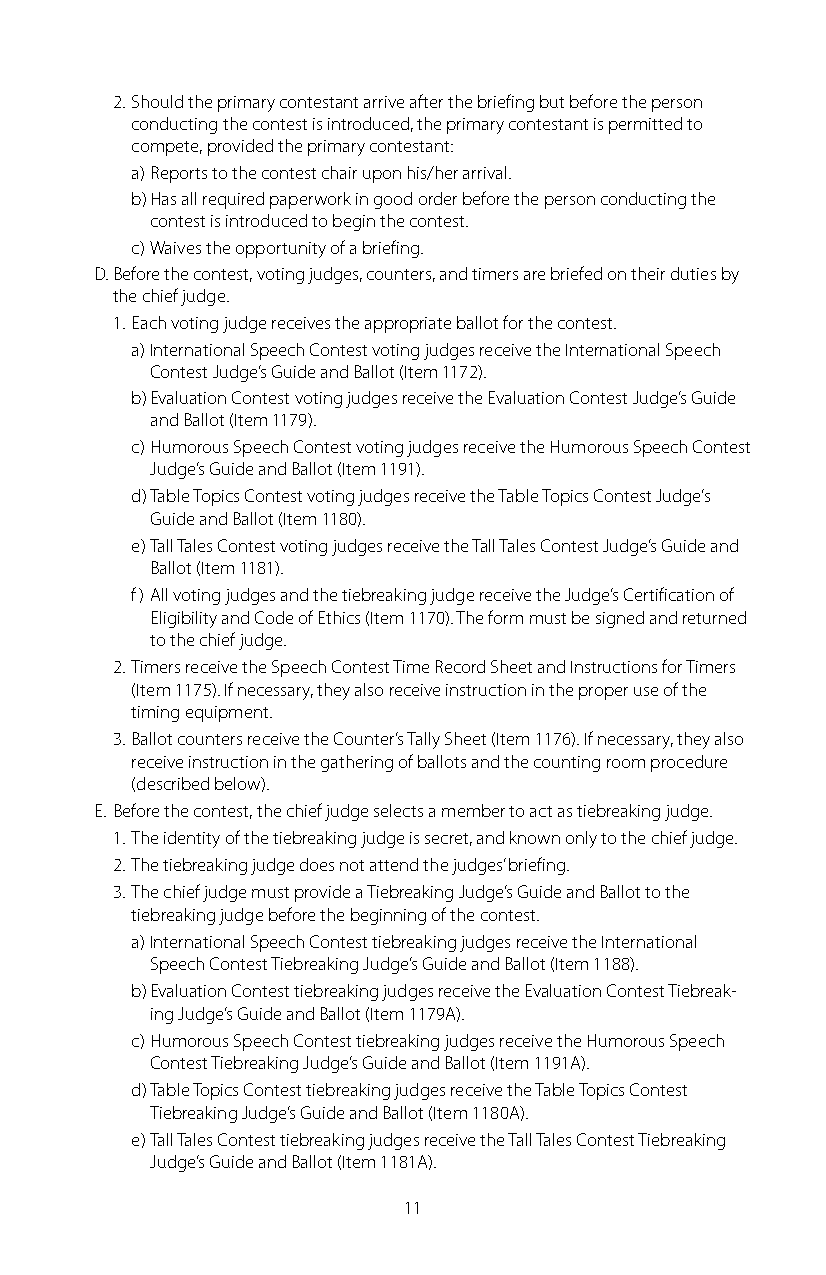
2. Should the primary contestant arrive after the briefing but before the person
 conducting the contest is introduced, the primary contestant is permitted to
 compete, provided the primary contestant:
 a) Reports to the contest chair upon his/her arrival.
 b) Has all required paperwork in good order before the person conducting the
 contest is introduced to begin the contest.
 c) Waives the opportunity of a briefing.
 D. Before the contest, voting judges, counters, and timers are briefed on their duties by
 the chief judge.
 1. Each voting judge receives the appropriate ballot for the contest.
 a) International Speech Contest voting judges receive the International Speech
 Contest Judge’s Guide and Ballot (Item 1172).
 b) Evaluation Contest voting judges receive the Evaluation Contest Judge’s Guide
 and Ballot (Item 1179).
 c) Humorous Speech Contest voting judges receive the Humorous Speech Contest
 Judge’s Guide and Ballot (Item 1191).
 d) Table Topics Contest voting judges receive the Table Topics Contest Judge’s
 Guide and Ballot (Item 1180).
 e) Tall Tales Contest voting judges receive the Tall Tales Contest Judge’s Guide and
 Ballot (Item 1181).
 f) All voting judges and the tiebreaking judge receive the Judge’s Certification of
 Eligibility and Code of Ethics (Item 1170). The form must be signed and returned
 to the chief judge.
 2. Timers receive the Speech Contest Time Record Sheet and Instructions for Timers
 (Item 1175). If necessary, they also receive instruction in the proper use of the
 timing equipment.
 3. Ballot counters receive the Counter’s Tally Sheet (Item 1176). If necessary, they also
 receive instruction in the gathering of ballots and the counting room procedure
 (described below).
 E. Before the contest, the chief judge selects a member to act as tiebreaking judge.
 1. The identity of the tiebreaking judge is secret, and known only to the chief judge.
 2. The tiebreaking judge does not attend the judges’ briefing.
 3. The chief judge must provide a Tiebreaking Judge’s Guide and Ballot to the
 tiebreaking judge before the beginning of the contest.
 a) International Speech Contest tiebreaking judges receive the International
 Speech Contest Tiebreaking Judge’s Guide and Ballot (Item 1188).
 b) Evaluation Contest tiebreaking judges receive the Evaluation Contest Tiebreak-
 ing Judge’s Guide and Ballot (Item 1179A).
 c) Humorous Speech Contest tiebreaking judges receive the Humorous Speech
 Contest Tiebreaking Judge’s Guide and Ballot (Item 1191A).
 d) Table Topics Contest tiebreaking judges receive the Table Topics Contest
 Tiebreaking Judge’s Guide and Ballot (Item 1180A).
 e) Tall Tales Contest tiebreaking judges receive the Tall Tales Contest Tiebreaking
 Judge’s Guide and Ballot (Item 1181A).
 11